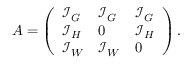
A = \left( \begin{array} { l l l } { \mathcal I _ { G } } & { \mathcal I _ { G } } & { \mathcal I _ { G } } \\ { \mathcal I _ { H } } & { 0 } & { \mathcal I _ { H } } \\ { \mathcal I _ { W } } & { \mathcal I _ { W } } & { 0 } \end{array} \right) .